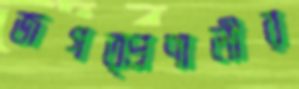
জগত্প্রণালীর